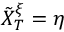
\tilde { X } _ { T } ^ { \xi } = \eta